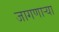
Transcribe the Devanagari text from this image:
जागणाऱ्या